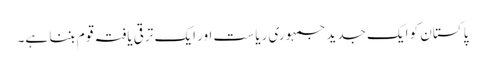
پا کستان کو ایک جدید جمہوری ریا ست اور ایک ترقی یافتہ قو م بننا ہے۔